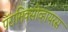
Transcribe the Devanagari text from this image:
पॅरामिक्सोव्हायरस